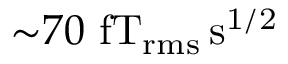
{ \sim } 7 0 ~ \mathrm { f T _ { r m s } \, s ^ { 1 / 2 } }